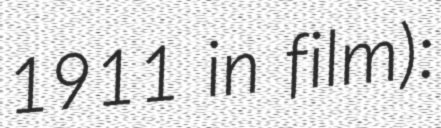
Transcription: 1911 in film):